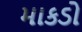
માકડો